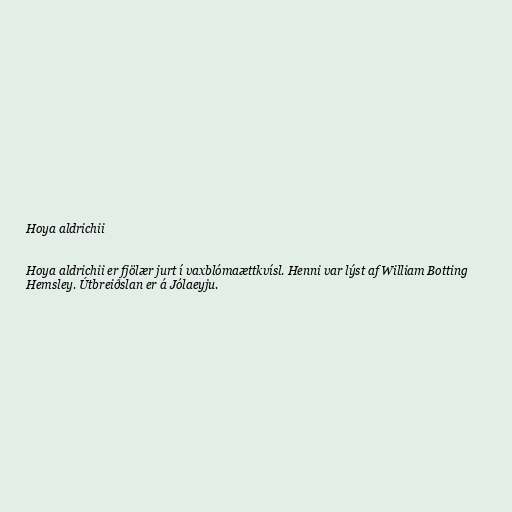
Hoya aldrichii

Hoya aldrichii er fjölær jurt í vaxblómaættkvísl. Henni var lýst af William Botting
Hemsley. Útbreiðslan er á Jólaeyju.